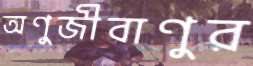
অণুজীবাণুর